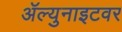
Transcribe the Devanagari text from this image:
ॲल्युनाइटवर